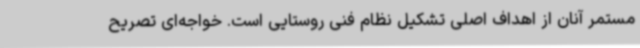
مستمر آنان از اهداف اصلی تشکیل نظام فنی روستایی است. خواجه‌ای تصریح